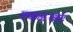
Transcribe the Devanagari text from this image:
मवाळवाद